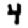
Digit: 4